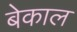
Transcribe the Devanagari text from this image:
बेकाल